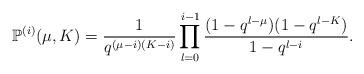
LaTeX: \begin{align*}\mathbb{P}^{(i)}(\mu,K) = \frac{1}{q^{(\mu-i)(K-i)}} \prod_{l=0}^{i-1} \frac{(1-q^{l-\mu})(1-q^{l-K})}{1-q^{l-i}}.\end{align*}